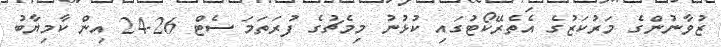
ޒުވާނުންގެ މަރުކަޒުގެ އެތެރޭކޯޓުގައި ކުޅުނު މިމެޗުގެ ފުރަތަމަ ސެޓް 26-24 އިން ކާމިޔާބު